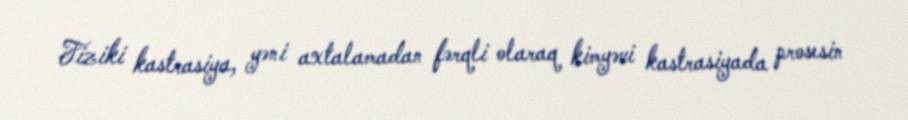
Fiziki kastrasiya, yəni axtalamadan fərqli olaraq kimyəvi kastrasiyada prosesin